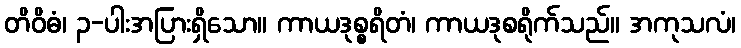
တိဝိဓံ၊ ၃-ပါးအပြားရှိသော။ ကာယဒုစ္စရိတံ၊ ကာယဒုစရိုက်သည်။ အကုသလံ၊